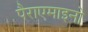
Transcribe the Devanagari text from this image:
पैराएमाइनो